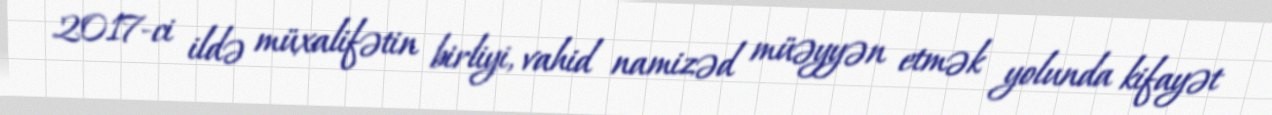
2017-ci ildə müxalifətin birliyi, vahid namizəd müəyyən etmək yolunda kifayət